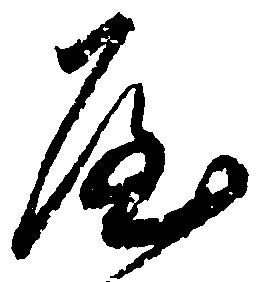
屋